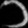
Digit: ၁